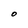
Character: O